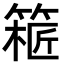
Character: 𥱝